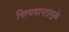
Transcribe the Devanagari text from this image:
नित्यवापरामुळे